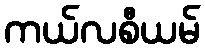
ကယ်လစီယမ်